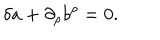
\delta a + \partial _ { \rho } b ^ { \rho } = 0 .